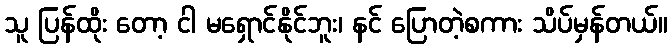
သူ ပြန်ထိုး တော့ ငါ မရှောင်နိုင်ဘူး၊ နင် ပြောတဲ့စကား သိပ်မှန်တယ်။